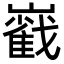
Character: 巀